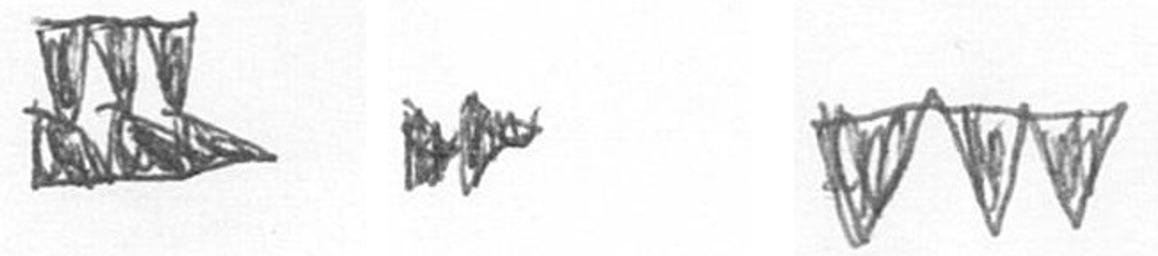
D A L